Vaccine operations Central Provinces 1900-1911 - 1900-1911
Year: 1900
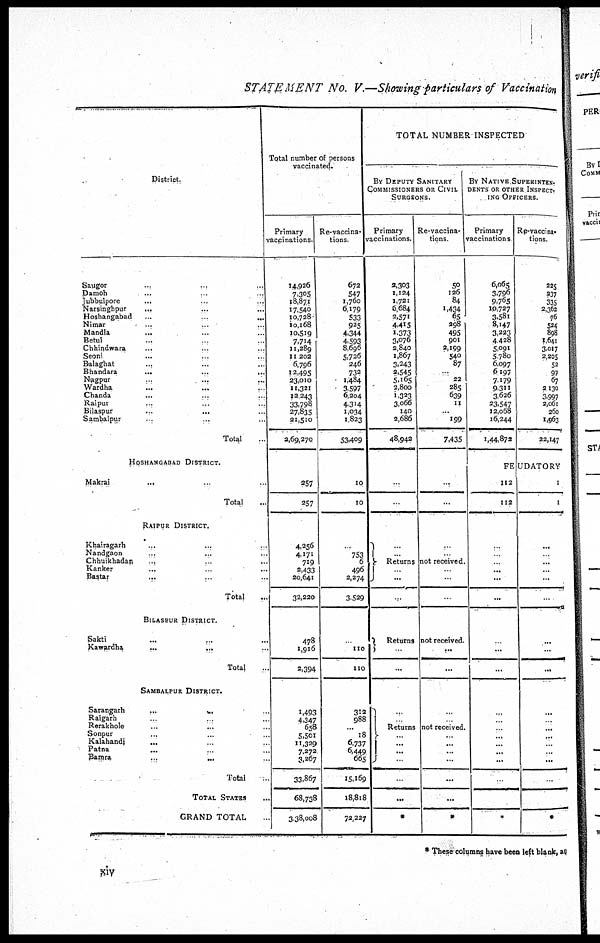
STATEMENT No. V.—Showing particulars of Vaccination
District.
Saugor ... ... ...
Damoh ... ...
Jubbulpore
... ...
Narsinghpur ... ...
Hoshangabad
...
...
Nimar ... ...
Mandla
... ...
Betul ... ...
Chhindwara ... ...
Seoni ... ...
Balaghat ... ...
Bhandara
...
...
...
Nagpur ... ...
Wardha
...
...
Chanda ... ...
Raipur ... ...
Bilaspur
...
...
Sambalpur ... ...
Total ...
HOSHANGABAD DISTRICT.
Makrai
... ...
Total ...
RAIPUR DISTRICT.
Khairagarh ... ...
Nandgaon ... ...
Chhuikhadan ... ...
Kanker ... ...
Bastar ... ...
Total ... ...
BILASPUR DISTRICT.
Sakti ... ... ...
Kawardha
...
...
Total ...
SAMBALPUR DISTRICT.
Sarangarh
...
...
Raigarh ... ...
Rerakhole ... ...
Sonpur ... ...
Kalahandi
... ... ...
Patna ... ... ...
Bamra ... ... ...
Total ...
TOTAL STATES ...
GRAND TOTAL ...
Total number of persons
vaccinated.
Primary
vaccinations.
14,926
7,305
18,871
17,540
10,728
10,168
10,519
7,714
11,289
11 202
6,796
12,495
23,010
11,321
12,243
33,798
27,835
21,510
2,69,270
257
257
4,256
4,171
719
2,433
20,641
32,220
478
1,916
2,394
1,493
4,347
658
5,501
11,329
7,272
3,267
33,867
68,738
3,38,008
Re-vaccina¬
tions.
672
547
1,760
6,179
533
925
4,344
4,593
8,696
5,726
246
732
1,484
3,597
6,204
4,314
1,034
1,823
53,409
10
10
...
753
6
496
2,274
3,529
...
110
110
312
988
...
18
6,737
6,449
665
15,169
18,818
72,227
TOTAL NUMBER
INSPECTED
BY DEPUTY SANITARY
COMMISSIONERS OR CIVIL
SURGEONS.
Primary
vaccinations.
2,303
1,124
1,721
6,684
2,571
4,415
1,373
3,076
2,840
1,867
3,243
2,545
5,165
2,800
1,323
3,066
140
2,686
48,942
...
...
...
...
Re-vaccina-
tions
50
126
84
1,434
65
298
495
901
2,199
540
87
...
22
285
639
11
...
199
7,435
...
...
...
...
Returns not received.
...
...
...
...
...
...
Returns not received.
...
...
...
...
...
...
...
...
Returns not received.
...
...
...
...
...
...
*
...
...
...
...
...
...
*
BY NATIVE SUPERINTEN-
DENTS OR OTHER INSPECT¬
ING OFFICERS.
Primary
vaccinations
6,065
3,796
9,765
10,727
3,581
8,147
3,223
4,428
5,091
5,780
6,097
6,197
7,179
9,311
3,626
23,547
12,068
16,244
1,44,873
Re-vaccina-
tions.
225
237
335
2,362
76
524
898
1,641
3,017
2,205
52
97
67
2,130
3,997
2,061
260
1,963
22,147
FEUDATORY
112
112
...
...
...
...
...
...
...
...
...
...
...
...
...
...
...
...
...
...
*
1
1
...
...
...
...
...
...
...
...
...
...
...
...
...
...
...
...
...
...
*
* These columns have been left blank, as
xiv